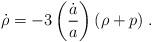
LaTeX: \begin{align*}\dot{\rho} = -3 \left({\dot{a} \over a} \right) ( \rho + p) \; .\end{align*}